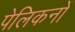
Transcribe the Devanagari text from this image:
पेलिकनों